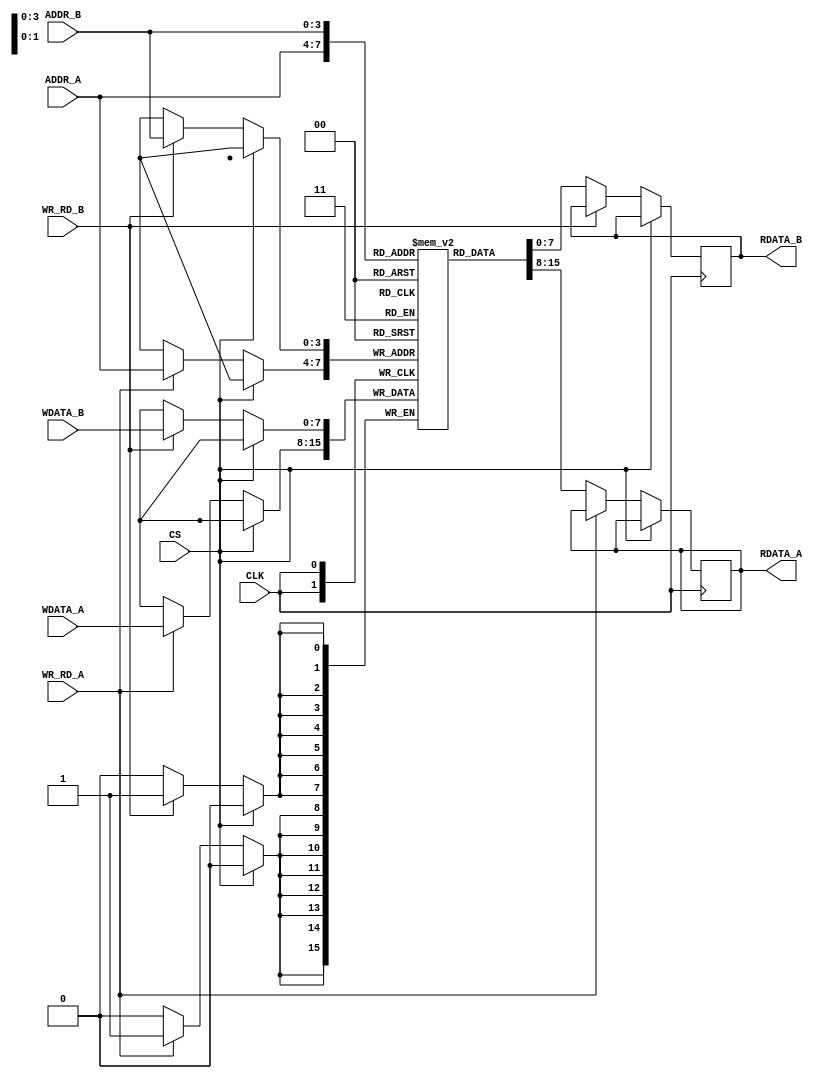
//Dual Port RAM

module dual_port_RAM(CLK,CS,WR_RD_A,WR_RD_B,ADDR_A,ADDR_B,WDATA_A,WDATA_B,RDATA_A,RDATA_B);
  
  parameter N = 4;  //No. of Address Lines
  parameter D = 16; //Depth of Memory
  parameter W = 8;  //Width of Memory
  
  input CLK,CS,WR_RD_A,WR_RD_B;
  input [N-1:0] ADDR_A,ADDR_B;
  input [W-1:0] WDATA_A,WDATA_B;
  output reg [W-1:0] RDATA_A,RDATA_B;
  
  reg [W-1:0] mem [D-1:0];
  integer i;
  
  //Port A
  always@(posedge CLK)
    begin
      if(!CS)  //chip selected
        begin
          if(WR_RD_A)
            mem[ADDR_A] <= WDATA_A;
          else
            RDATA_A <= mem[ADDR_A];
        end
    end
  
  //Port B
  always@(posedge CLK)
    begin
      if(!CS)  //chip selected
        begin
          if(WR_RD_B)
            mem[ADDR_B] <= WDATA_B;
          else
            RDATA_B <= mem[ADDR_B];
        end
    end
  
  
  endmodule